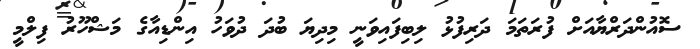
ސޮއުންދަރްޔާއަށް ފުރަތަމަ ދަރިފުޅު ލިބިފައިވަނީ މިދިޔަ ބުދަ ދުވަހު އިންޑިއާގެ މަޝްހޫރު ފިލްމީ